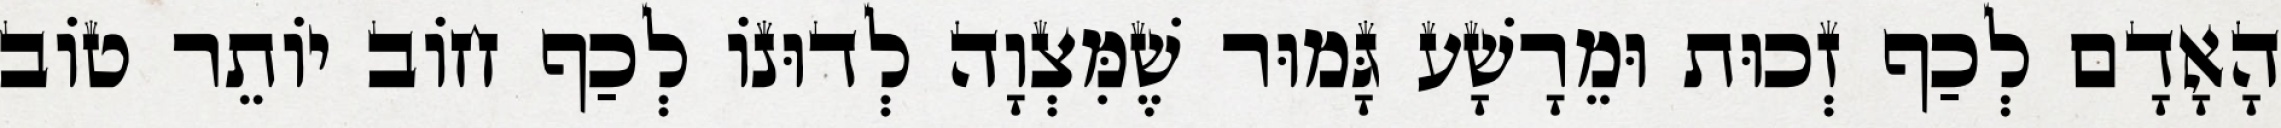
הָאָדָם לְכַף זְכוּת וּמֵרָשָׁע גָּמוּר שֶׁמִּצְוָה לְדוּנוֹ לְכַף חוֹב יוֹתֵר טוֹב